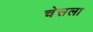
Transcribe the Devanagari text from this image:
चेसला